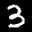
Label: 3